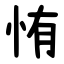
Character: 㤢